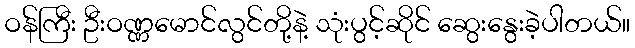
ဝန်ကြီး ဦးဝဏ္ဏမောင်လွင်တို့နဲ့ သုံးပွင့်ဆိုင် ဆွေးနွေးခဲ့ပါတယ်။